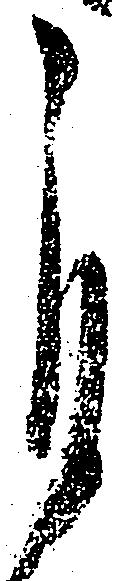
自